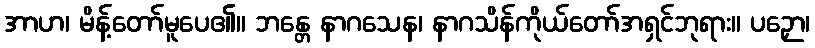
အာဟ၊ မိန့်တော်မူပေ၏။ ဘန္တေ နာဂသေန၊ နာဂသိန်ကိုယ်တော်အရှင်ဘုရား။ ပဉှော၊